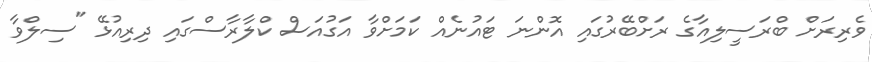
ވެރިރަށް ބްރަސީލިއާގެ ރަށްބޭރުގައި އޮންނަ ޓައުނެއް ކަމަށްވާ އަގުއަސް ކްލާރާސްގައި ދިރިއުޅޭ "ސިލްވާ